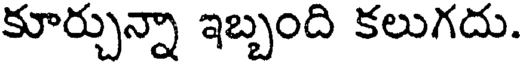
కూర్చున్నా ఇబ్బంది కలుగదు.